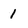
Character: 1